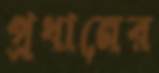
প্রধানের